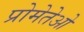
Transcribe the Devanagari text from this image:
प्रोमेतेओ